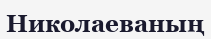
Николаеваның